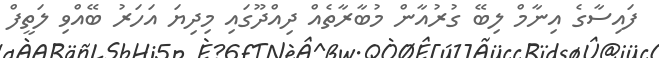
ފައިސާގެ އިނާމް ލިބޭ ގުރުއާން މުބާރާތެއް ދިއްދޫގައި މިދިޔަ އަހަރު ބޭއްވި ލަތީފް